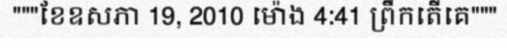
"""ខែឧសភា 19, 2010 ម៉ោង 4:41 ព្រឹកតើគេ"""